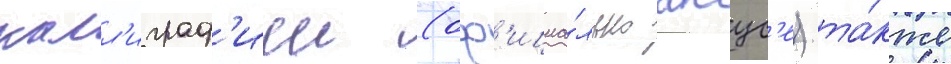
калл'играф'иеи (оф'ициа́льно бокус'е) та́кже